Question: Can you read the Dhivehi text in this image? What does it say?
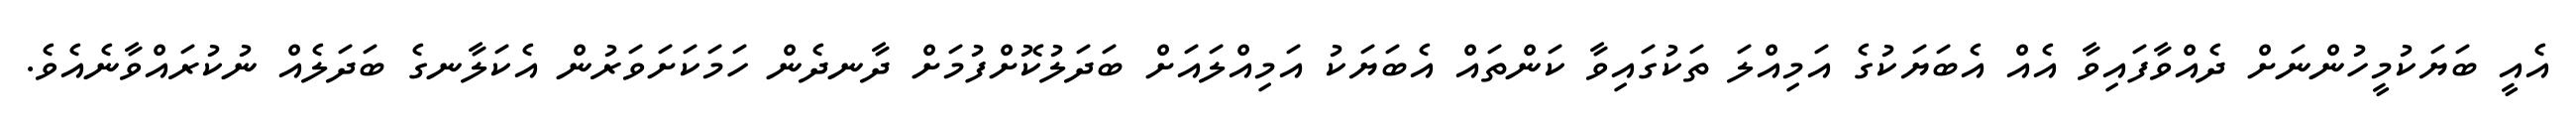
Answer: އެއީ ބަޔަކުމީހުންނަށް ދެއްވާފައިވާ އެއް އެބަޔަކުގެ އަމިއްލަ ތަކުގައިވާ ކަންތައް އެބަޔަކު އަމިއްލައަށް ބަދަލުކޮށްފުމަށް ދާނދެން ހަމަކަށަވަރުން އެކަލާނގެ ބަދަލެއް ނުކުރައްވާނެއެވެ.